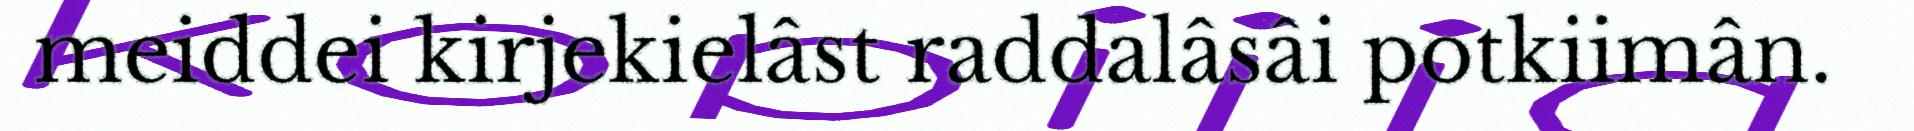
meiddei kirjekielâst raddalâsâi potkiimân.